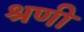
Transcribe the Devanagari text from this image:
श्रणी